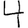
Digit: 4